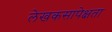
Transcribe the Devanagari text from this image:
लेखकसापेक्षता